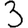
Digit: 3